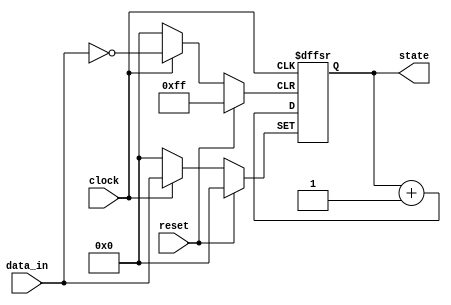
module event_control (
    input wire clock,          // Clock signal
    input wire reset,          // Asynchronous reset signal
    input wire [7:0] data_in,  // Input data
    output reg [7:0] state     // Output state
);

    // Initial state
    initial begin
        state = 8'b00000000;   // Initialize state to zero
    end

    // Sequential logic block
    always @(posedge clock or negedge clock or posedge reset) begin
        if (reset) begin
            // Asynchronous reset
            state <= 8'b00000000; // Reset state to zero
        end else if (clock) begin
            // Positive edge behavior
            state <= data_in;     // Update state with input data
        end else begin
            // Negative edge behavior
            state <= state + 1;   // Increment state on negative edge
        end
    end

endmodule